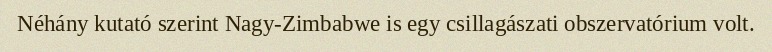
Néhány kutató szerint Nagy-Zimbabwe is egy csillagászati obszervatórium volt.